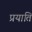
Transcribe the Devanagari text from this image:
प्रयाति